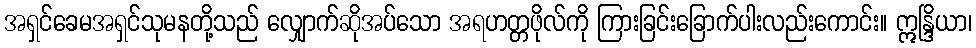
အရှင်ခေမအရှင်သုမနတို့သည် လျှောက်ဆိုအပ်သော အရဟတ္တဖိုလ်ကို ကြားခြင်းခြောက်ပါးလည်းကောင်း။ ဣန္ဒြိယာ၊